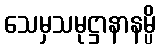
သေမှသမုဋ္ဌာနာနမ္ပိ